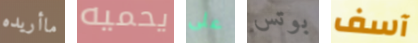
ماأريده يحميه على بوتس آسف